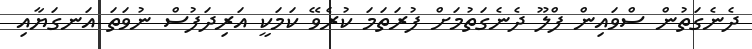
ދެނެގަތުން ސްވައިން ފްލޫ ދެނެގަތުމަށް ފުރަތަމަ ކުރެވޭ ކަމަކީ އަރިދަފުސް ނުވަތަ އަނގަޔާއި